Report on vaccination North-West Frontier Province 1904-1922 - 1904-1922
Year: 1904
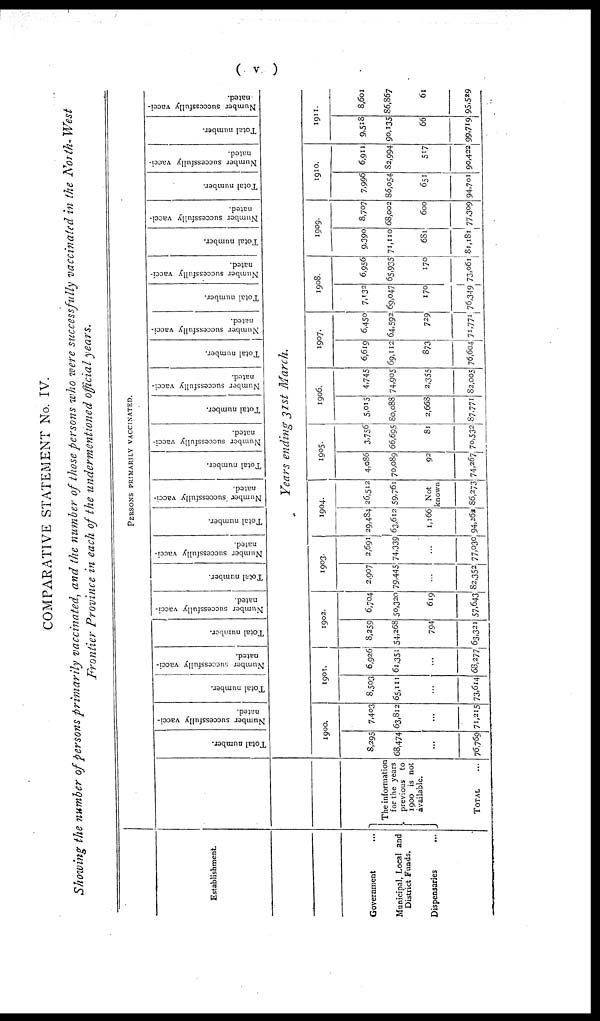
( v )
COMPARATIVE STATEMENT No. IV.
Showing the number of persons primarily vaccinated, and the number of those persons who were successfully vaccinated in the North- West
Frontier Province in each of the undermentioned official years.
Establishment.
Government ...
Municipal, Local and
District Funds.
Dispensaries
...
PERSONS PRIMARILY VACCINATED.
The information
for the years
previous
to
1900 is not
available.
TOTAL ...
Total number.
Number successfully vacci-
nated.
Total number.
Number successfully vacci-
nated.
Total number.
Number successfully vacci-
nated.
Total number.
Number successfully vacci-
nated.
Total number.
Number successfully vacci-
nated.
Total number.
Number successfully vacci-
nated.
Total number.
Number successfully vacci-
nated.
Total number.
Number successfully vacci-
nated.
Total number.
Number successfully vacci-
nated.
Total number.
Number successfully vacci-
nated.
Total number.
Number successfully vacci-
nated.
Total number.
Number successfully vacci-
nated.
Years ending 31st March.
1900.
8,295
68,474
...
76,769
7,403
63,812
...
71,215
1901.
8,503
65,111
...
73,614
6,926
61,351
...
68,277
1902.
8,259
54,268
794
63,321
6,704
50,320
619
57,643
1903.
2,907
79,445
...
82,352
2,691
74,339
...
77,030
1904.
29,484
63,612
1,166
94,262
26,512
59,761
Not
known
86,273
1905.
4,086
70,089
92
74,267
3,756
66,695
81
70,532
1906.
5,015
80,088
2,668
87,771
4,745
74,905
2,355
82,005
1907.
6,619
69,112
873
76,604
6,450
64,592
729
71,771
1908.
7,132
69,047
170
76,349
6,956
65,935
170
73,061
1909.
9,390
71,110
681
81,181
8,707
68,002
600
77,309
1910.
7,996
86,054
651
94,701
6,911
82,994
517
90,422
1911.
9,518
90,135
66
99,719
8,601
86,867
61
95,529